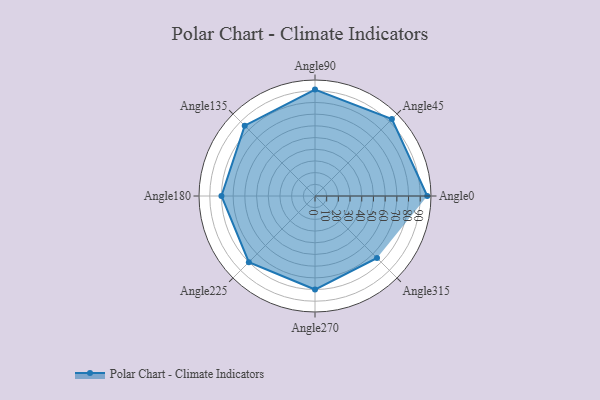
{"axis": {"x": "Angle", "y": "Radius"}, "legend": [""], "data": [{"x": "Angle0", "y": 96.0, "type": ""}, {"x": "Angle45", "y": 93.0, "type": ""}, {"x": "Angle90", "y": 91.0, "type": ""}, {"x": "Angle135", "y": 85.0, "type": ""}, {"x": "Angle180", "y": 80.0, "type": ""}, {"x": "Angle225", "y": 80.0, "type": ""}, {"x": "Angle270", "y": 80.0, "type": ""}, {"x": "Angle315", "y": 75.0, "type": ""}]}